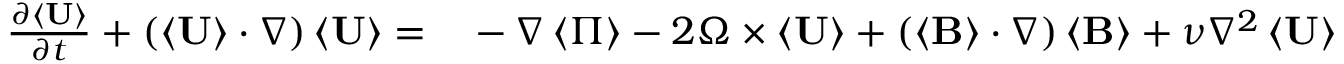
\begin{array} { r l } { \frac { \partial \left\langle \mathbf { U } \right\rangle } { \partial t } + \left( \left\langle \mathbf { U } \right\rangle \cdot \nabla \right) \left\langle \mathbf { U } \right\rangle = } & { { } - \nabla \left\langle \Pi \right\rangle - 2 \boldsymbol { \Omega } \times \langle \mathbf { U } \rangle + \left( \left\langle \mathbf { B } \right\rangle \cdot \nabla \right) \left\langle \mathbf { B } \right\rangle + \nu \nabla ^ { 2 } \left\langle \mathbf { U } \right\rangle } \end{array}